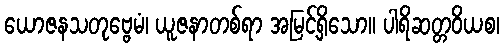
ယောဇနသတုဗ္ဗေမံ၊ ယူဇနာတစ်ရာ အမြင့်ရှိသော။ ပါရိဆတ္တဝိယစ၊